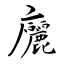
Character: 廲